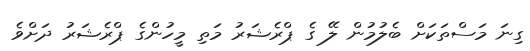
ގިނަ މަސްތަކަށް ބެލުމުން ލޭ ގެ ޕްރެޝަރު މަތި މީހުންގެ ޕްރެޝަރު ދަށްވެ